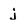
Character: j